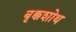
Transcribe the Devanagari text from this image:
बृक्कशोथ